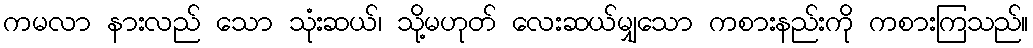
ကမလာ နားလည် သော သုံးဆယ်၊ သို့မဟုတ် လေးဆယ်မျှသော ကစားနည်းကို ကစားကြသည်။